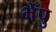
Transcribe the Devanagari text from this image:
भेँपु